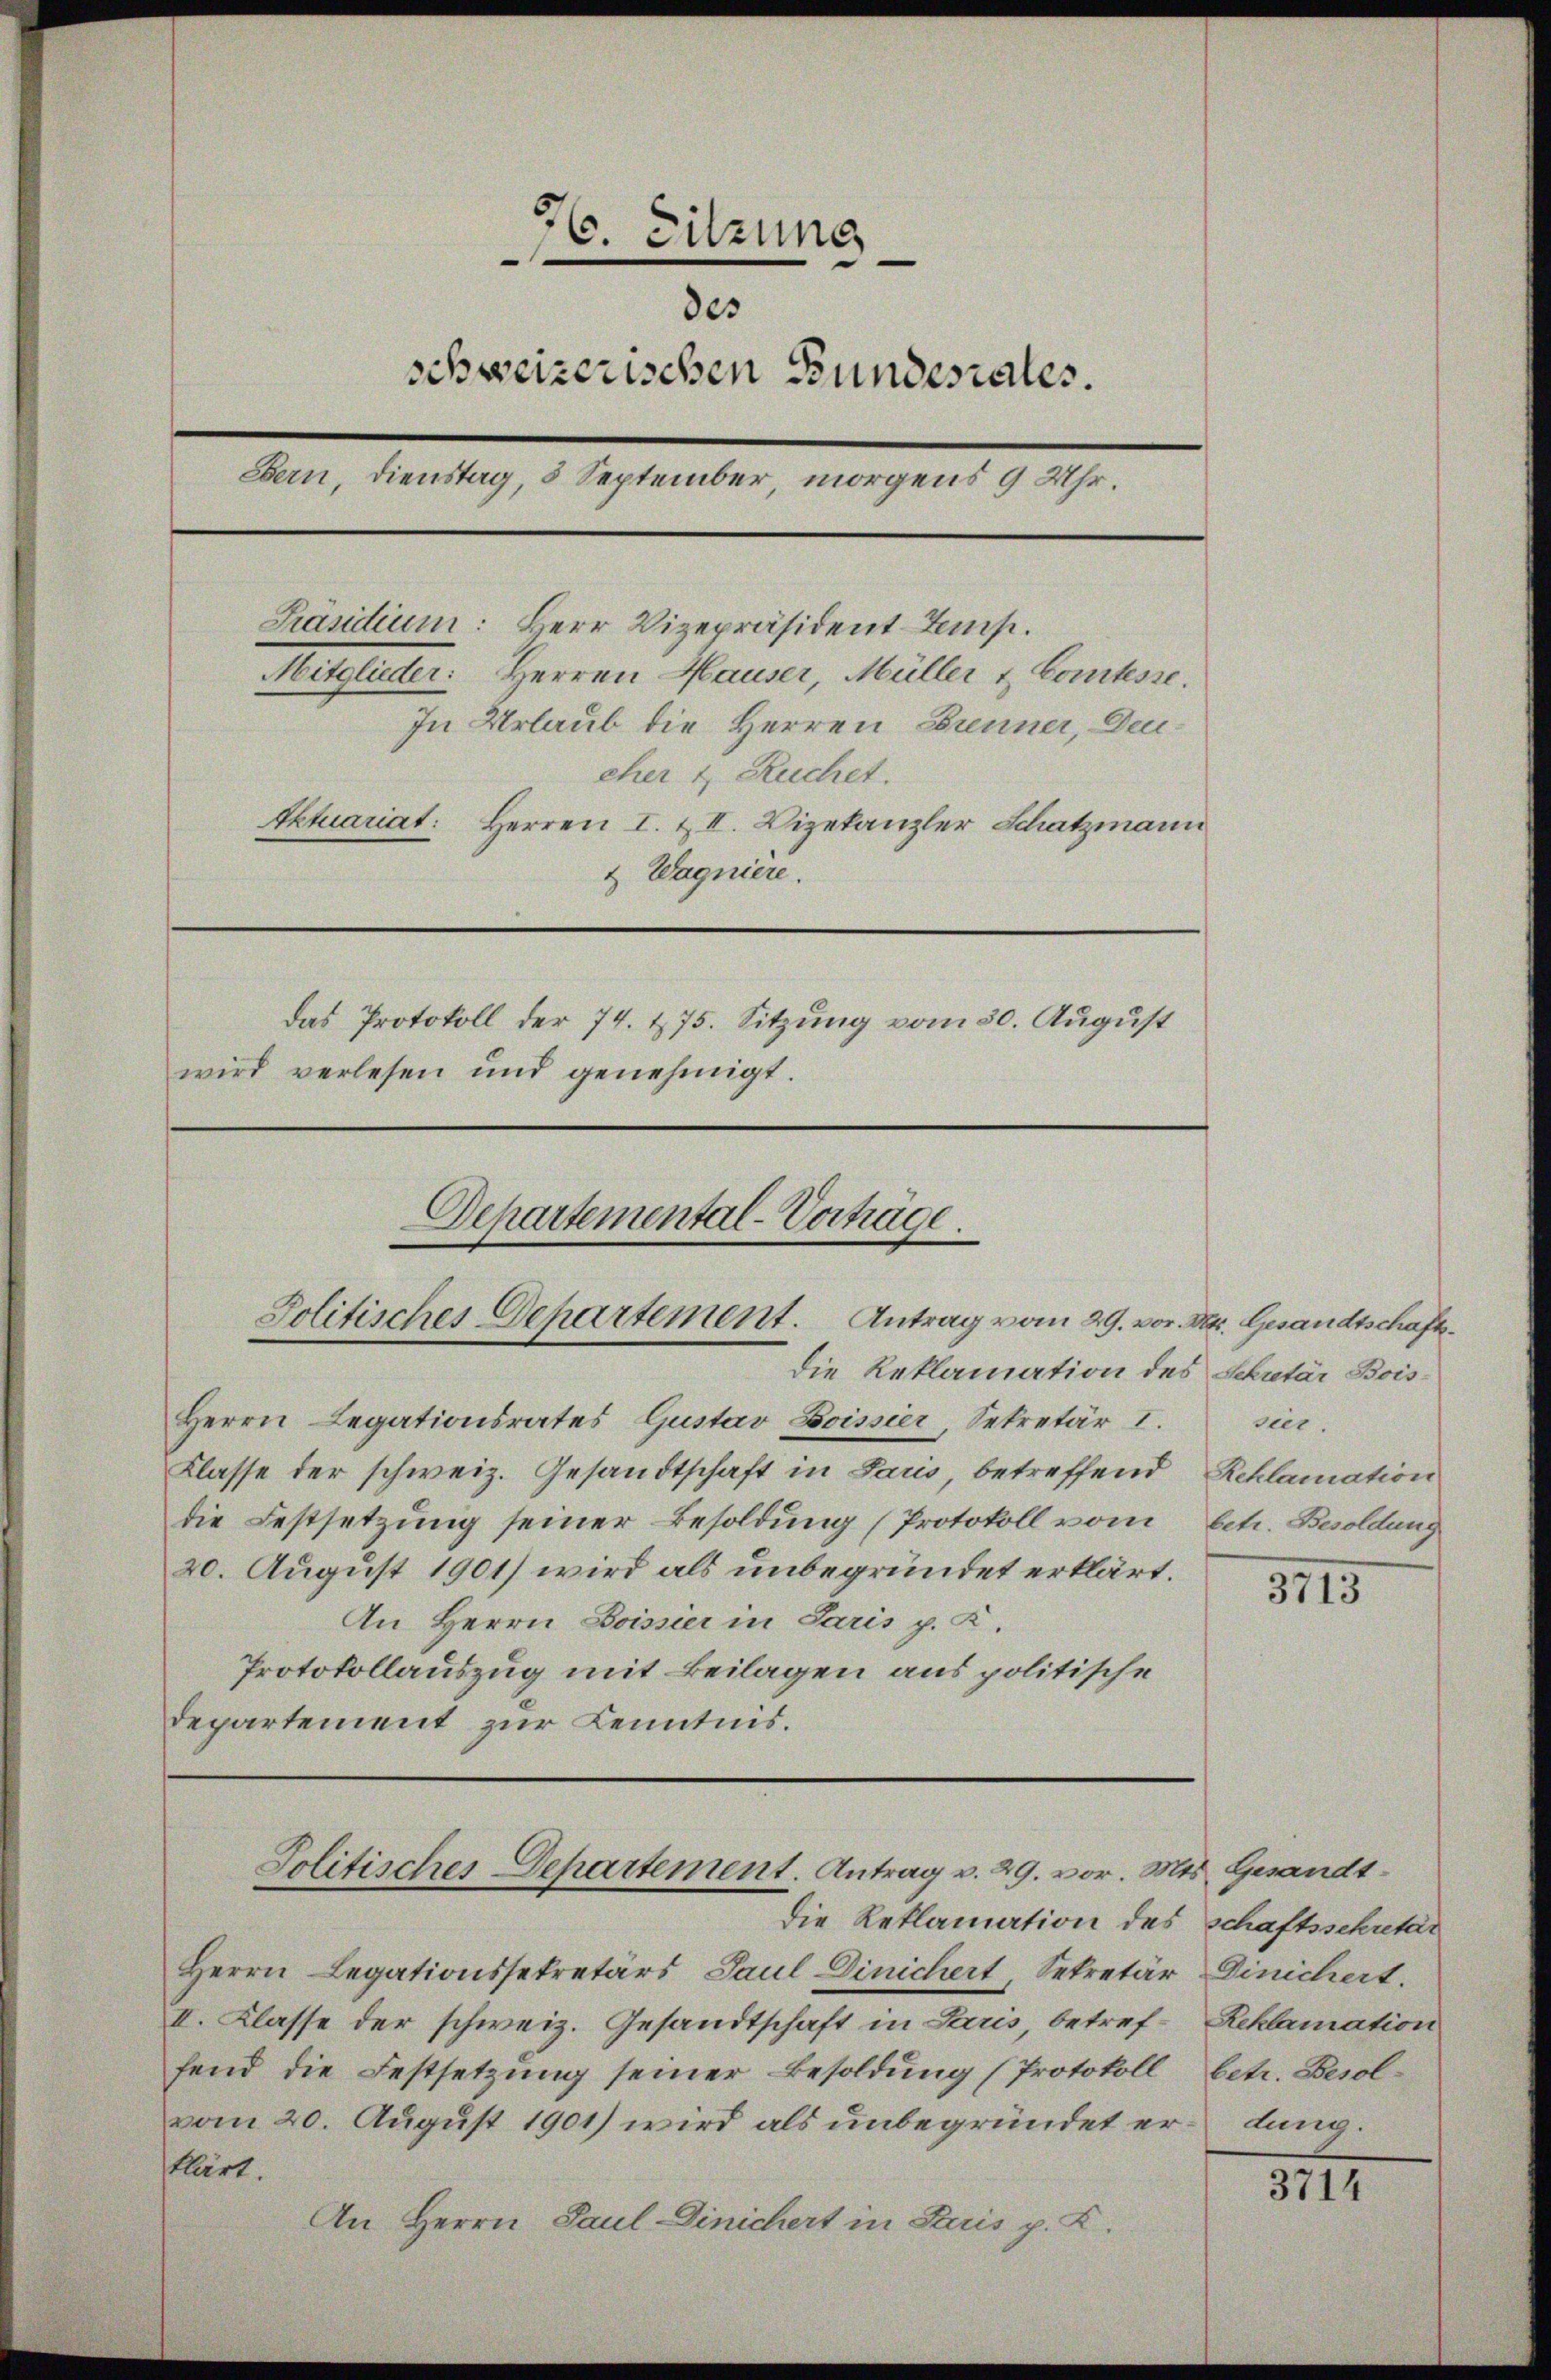
16. Sitzung
.
des
schweizerischen Bundesrates.
Bern, Dienstag, 5 September, morgens 9 Uhr.
Präsidium: Herr Vizepräsident tems.
Mitglieder: Herren Hauser, Müller & Comtesse.
In Urlaub die Herren Brenner, Deu
eher 1, Ruchet.
Ektuariat: Herren I. & II. Dizekanzler Schatzmann
& Wagniere.
Das Protokoll der 74. 275. Sitzung vom 30. August
wird verlesen und genehmigt.
Departemental-Vorträge.
Politisches Departement. Antrag vom 29. vor. Mt. Gesandtschafts¬

Herrn Legationsrates Gustav Boissier, Sekretär I.
Klasse der schweiz. Gesandtschaft in Paris, betreffend Reklamation
die Festsetzung seiner Besoldung (Protokoll vom
20. August 1901) wird als unbegründet erklärt.
An Herrn Boissier in Paris p. K.
Protokollauszug mit Beilagen aus politische
Departement zur Kenntnis.

Die Reklamation des Sekretär Bois-

Die Reklamation des schaftsschretar
Herrn Legationssekretärs Paul Dinichert, Sekretär Dinichert.
II. Klasse der schweiz. Gesandtschaft in Paris, betreffend die Festsetzung seiner Besoldung (Protokoll
vom 20. August 1901) wird als unbegründet erdung.
Ellirt.
An Herrn Paul Dinichert in Seis p. K.

Politisches Departement. Antrag v. 29. vor. Mts. Gesandt¬

ni.
betr. Besoldung

3115

Reklamation
betr. Besol¬

3714